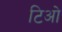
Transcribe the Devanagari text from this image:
टिओ